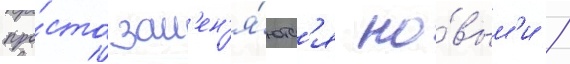
про́сто зам'ен'я́ютс'я но́вым'и /